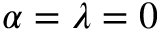
\alpha = \lambda = 0